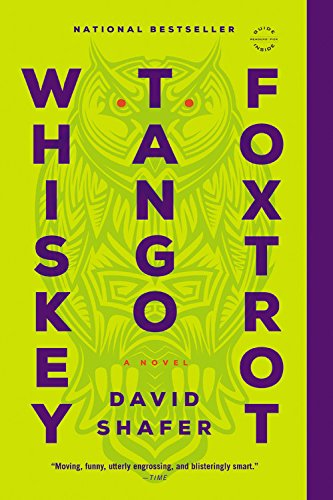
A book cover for Whiskey Tango Foxtrot; David Shafer; Literature & Fiction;